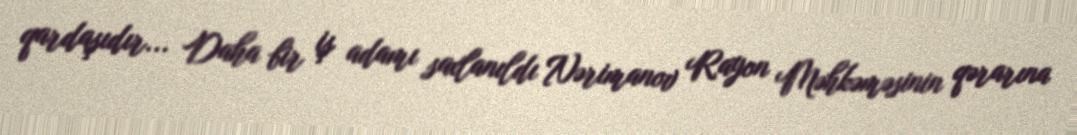
qardaşıdır... Daha bir iş adamı saxlanıldı Nərimanov Rayon Məhkəməsinin qərarına